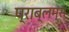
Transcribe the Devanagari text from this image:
प्राब्लम्स